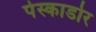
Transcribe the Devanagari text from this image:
पेस्काडोर